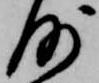
沙